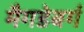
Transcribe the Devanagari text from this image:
मैगडेबर्ग